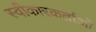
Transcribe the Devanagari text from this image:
स्वीकारकर्ताओं